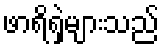
ဖာရိရှဲများသည်